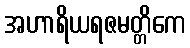
အဟာရိယရဇမတ္တိကေ